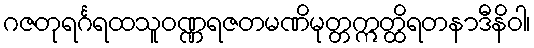
ဂဇတုရင်္ဂရထသူဝဏ္ဏရဇတမဏိမုတ္တဣတ္ထိရတနာဒီနိဝါ၊